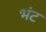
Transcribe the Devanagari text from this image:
भंट